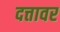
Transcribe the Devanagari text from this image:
दत्तावर